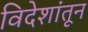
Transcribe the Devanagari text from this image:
विदेशांतून